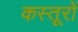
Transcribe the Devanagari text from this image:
कस्तूरों